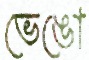
ভেঙো